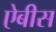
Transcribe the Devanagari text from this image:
ऐबीस